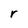
Character: r